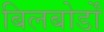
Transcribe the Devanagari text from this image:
बिलबोर्डों